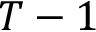
T - 1